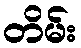
တိမ်း